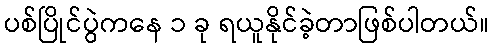
ပစ်ပြိုင်ပွဲကနေ ၁ ခု ရယူနိုင်ခဲ့တာဖြစ်ပါတယ်။